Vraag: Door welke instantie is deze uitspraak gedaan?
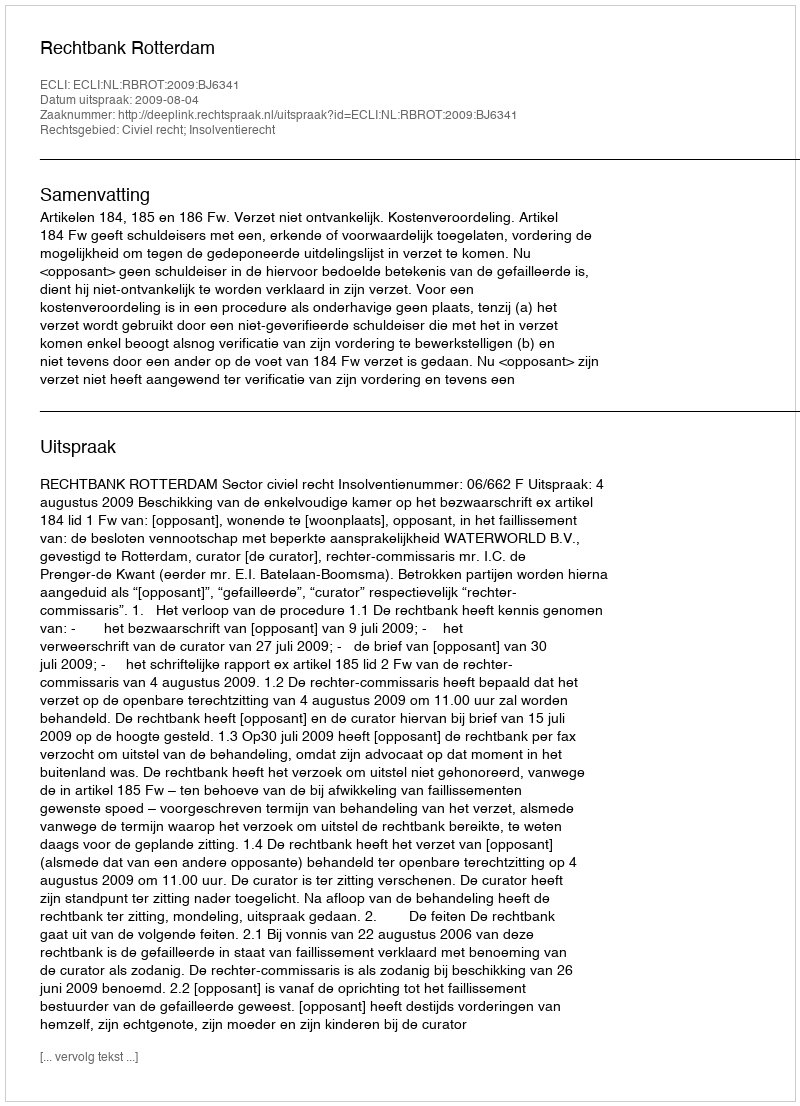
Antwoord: Rechtbank Rotterdam